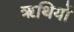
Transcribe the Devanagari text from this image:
ॠथियों